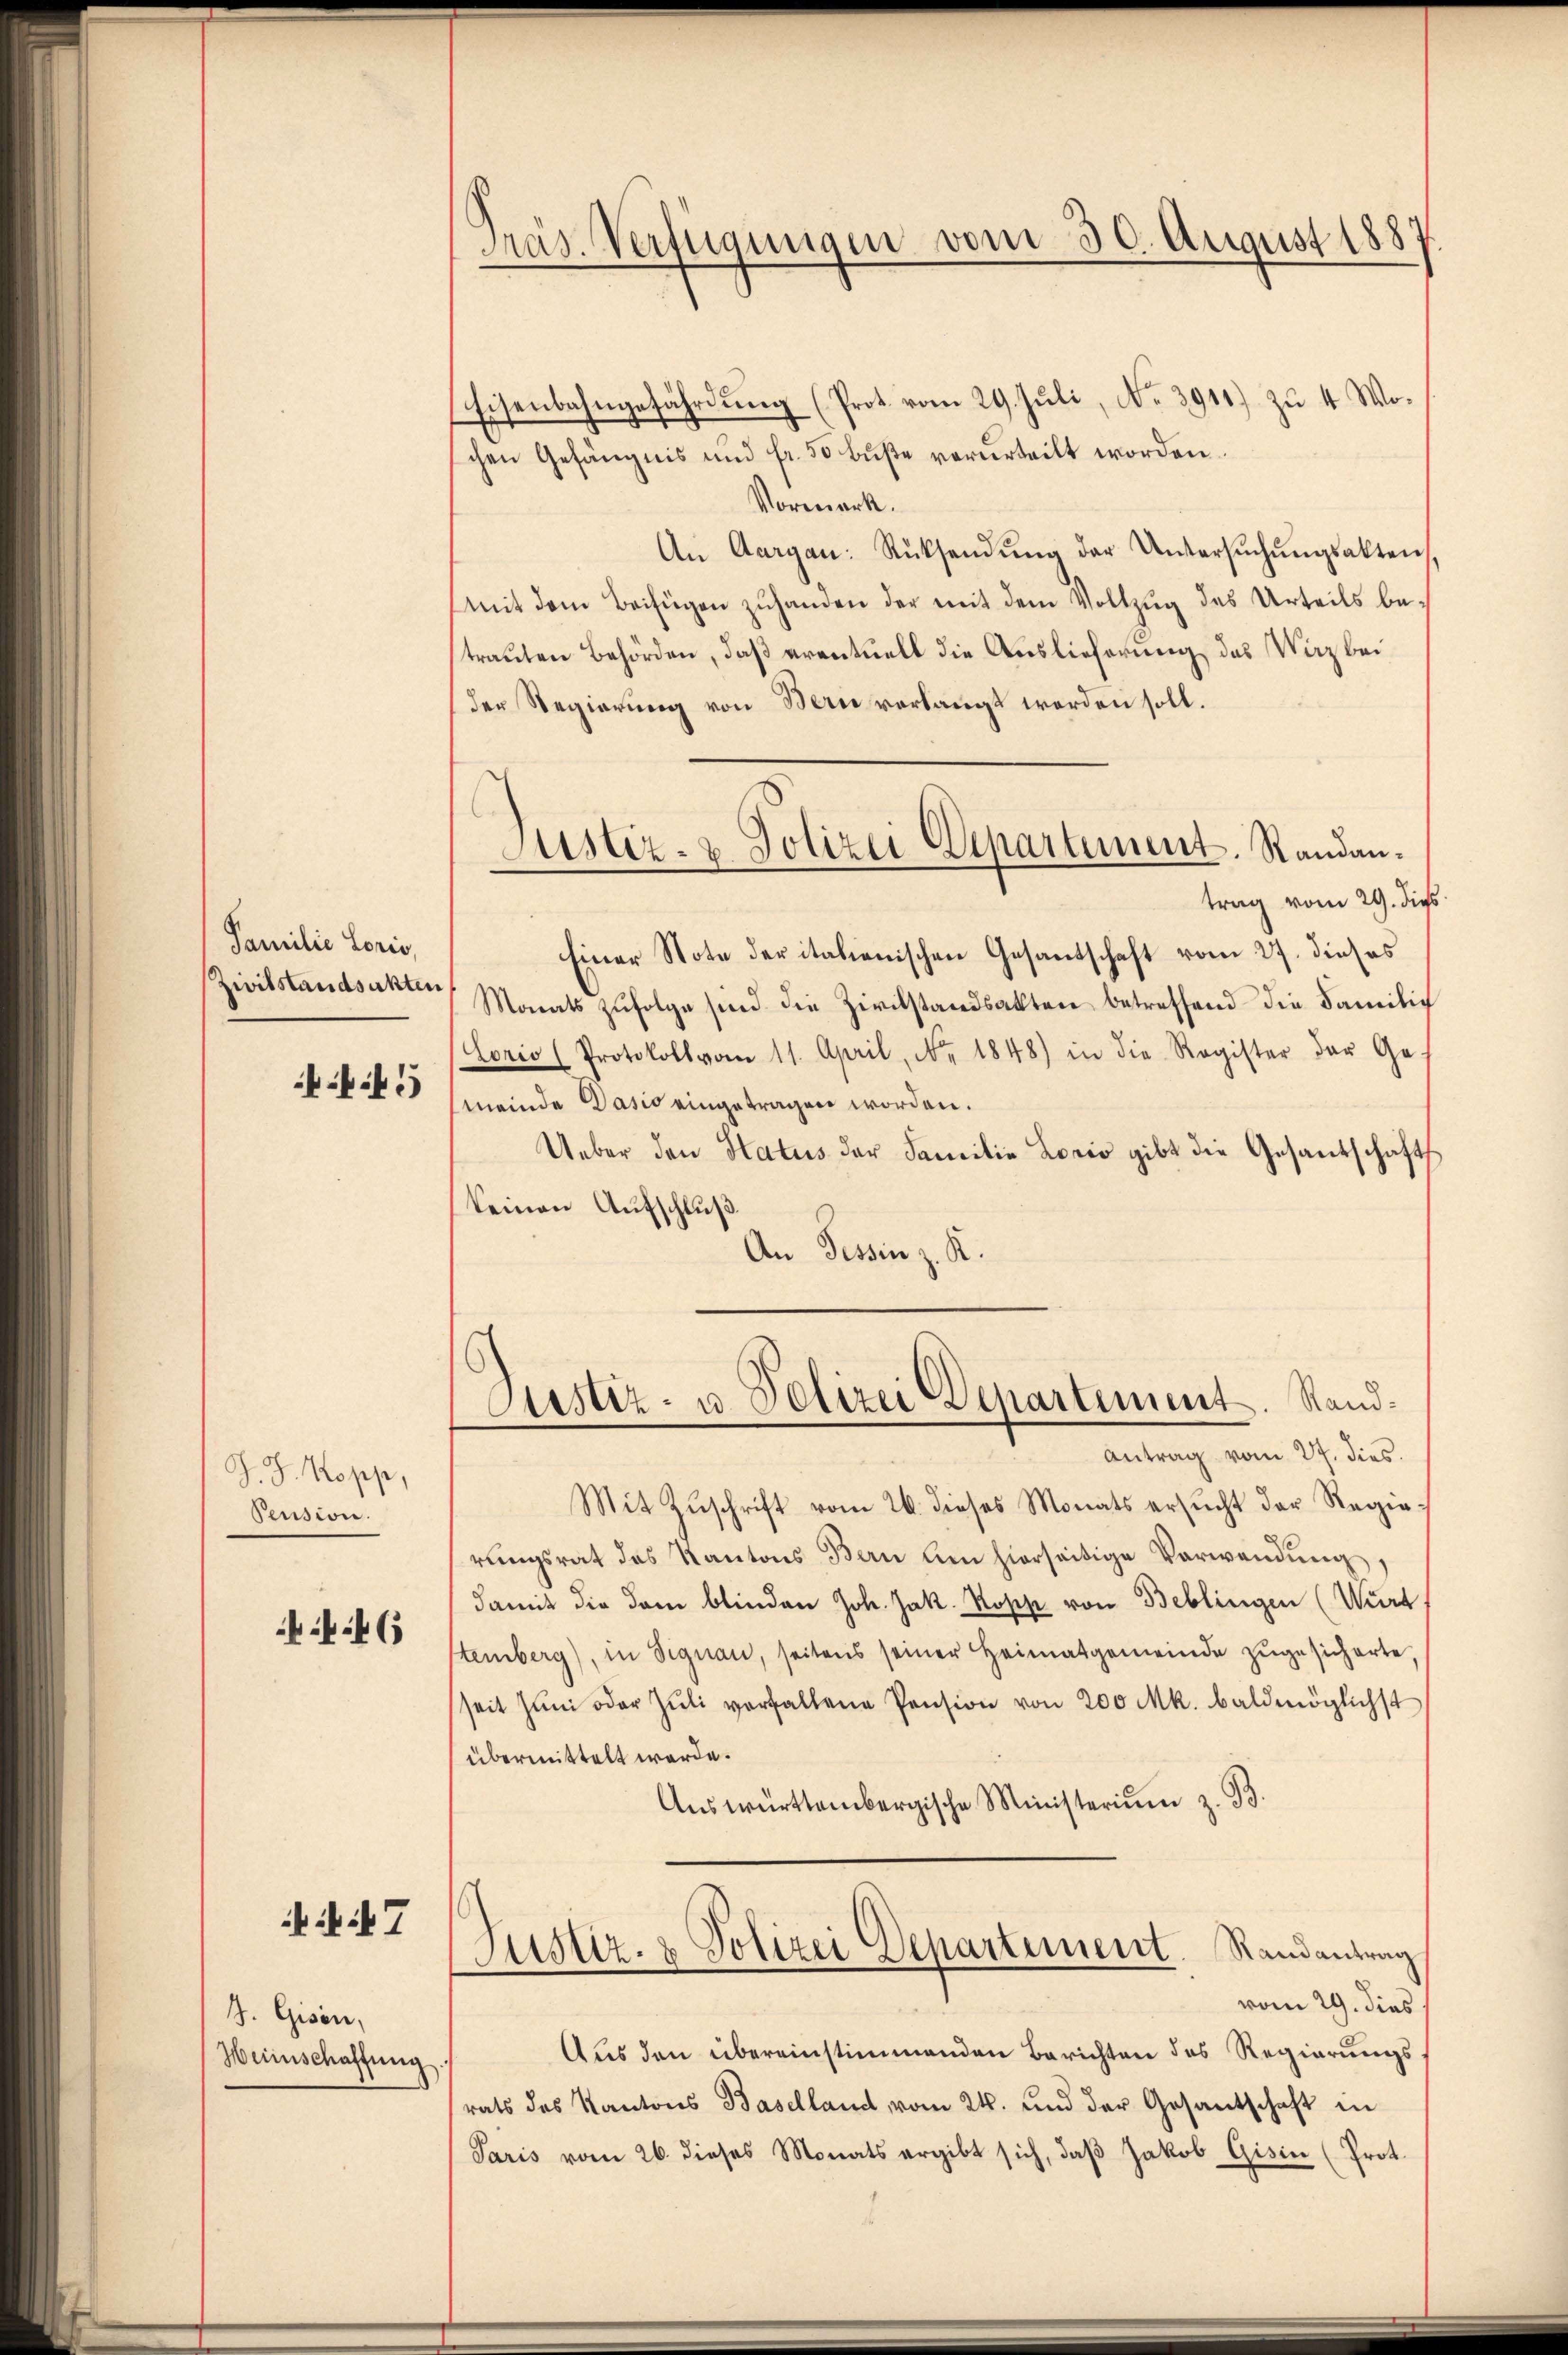
Familie Loris,
f

J. J. Kopp,
Pension.

46

iit 7

J. Gisen,
Weinschaffung.

Präs. Verfügungen vom 30. August 1887

Eisenbahngefährdung (Prot. vom 29. Juli, No. 3911) zu 4 Wochen Gefängnis und fr. 50 buße verurteilt worden.
Vormerk.
An Aargau: Rücksendŭng der Untersŭchŭngsakten,
mit dem Beifügen zuhanden der mit dem Vollzug des Urteils betrauten Behörden, daß eventuell die Auslieferung des Wirz bei
(der Regierung von Bern verlangt worden soll.
trag vom 29. dies
Einer Note der italienischen Gesandschaft vom 27. dieses
Zivilstandsakter Monats zŭfolge sind die Zivilstandsakten betreffend die Familie
Lorio (Protokoll vom 11. April, Nr. 1848) in die Register der Ge-
meinde Dasio eingetragen worden.
Ueber den Status der Familie Lorio gibt die Gesandschafts
keinen Aufschluß.
An Tessin z. R.
Justiz- u. Polizei Departement. Stand¬
Antrag vom 27. dies
Mit Zŭschrift vom 26. dieses Monats ersŭcht der Regierungsrat des Kantons Bern den hierseitige Verwendung,
damit die dem blinden Joh. Jak. Kopp von Beblingen (Wurt
stemberg), in Signau, seitens seiner Heimatgemeinde zugesicherte,
seit Jŭni oder Jŭli verfallene Pension von 200 Mk. baldmöglichst
übermittelt werde.
Auswürttembergische Ministerium z. B.
Justiz- & Polizei Departement. Randantrag
vom 29. dies
Aus den übereinstimmenden Berichten des Regierungsrats des Kantons Baselland vom 24. und der Gesantschaft in
Paris vom 26. dieses Monats ergibt sich, daβ Jakob Gisin (Prot.

Justiz- & Polizei Departement. Randan¬